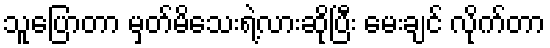
သူပြောတာ မှတ်မိသေးရဲ့လားဆိုပြီး မေးချင် လိုက်တာ